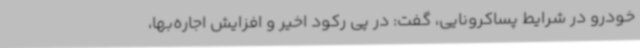
خودرو در شرایط پساکرونایی، گفت: در پی رکود اخیر و افزایش اجاره‌بها،